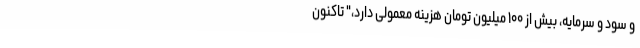
و سود و سرمایه، بیش از ۱۰۰ میلیون تومان هزینه معمولی دارد،" تاکنون